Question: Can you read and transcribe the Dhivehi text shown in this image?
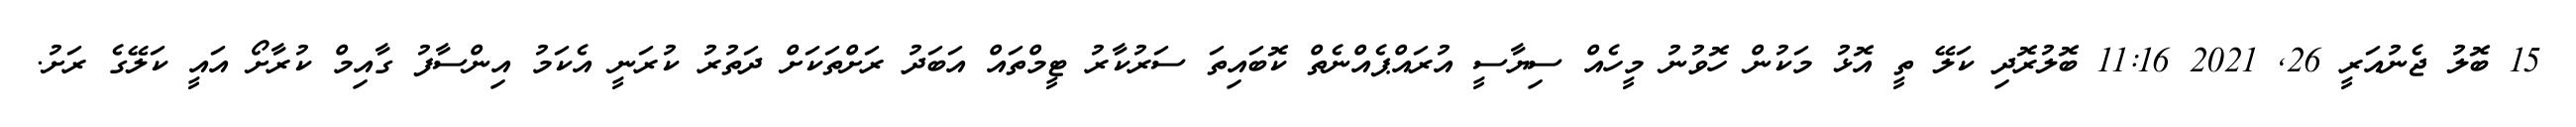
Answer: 15 ބޮލު ޖެނުއަރީ 26, 2021 11:16 ބޮލުރޮދި ކަލޭ ތީ އޮޅު މަކުން ހޮވުނު މީހެއް ސިޔާސީ އުރައްޕެއްނެތް ކޮބައިތަ ސަރުކާރު ޓީމްތައް އަބަދު ރަށްތަކަށް ދަތުރު ކުރަނީ އެކަމު އިންސާފު ގާއިމް ކުރާށޯ އައީ ކަލޭގެ ރަށު.